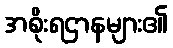
အစိုးရဌာနများ၏